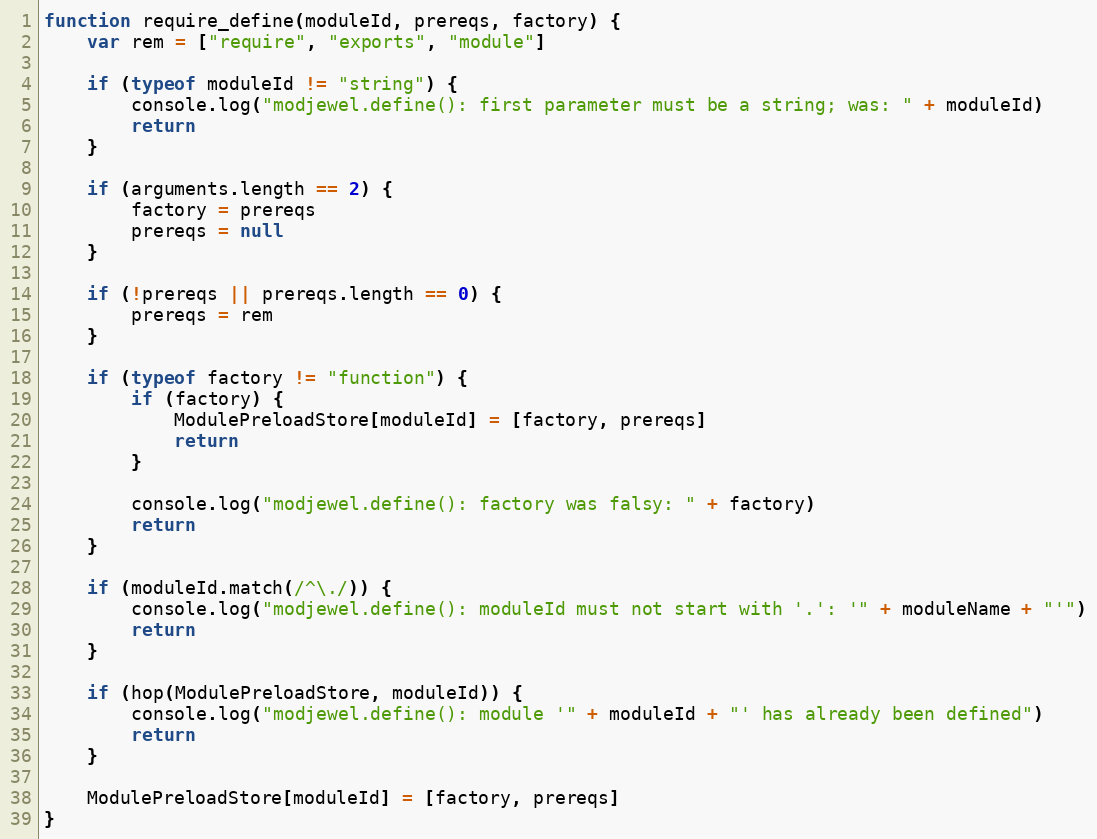
Language: JavaScript
function require_define(moduleId, prereqs, factory) {
    var rem = ["require", "exports", "module"]

    if (typeof moduleId != "string") {
        console.log("modjewel.define(): first parameter must be a string; was: " + moduleId)
        return
    }

    if (arguments.length == 2) {
        factory = prereqs
        prereqs = null
    }

    if (!prereqs || prereqs.length == 0) {
        prereqs = rem
    }

    if (typeof factory != "function") {
        if (factory) {
            ModulePreloadStore[moduleId] = [factory, prereqs]
            return
        }

        console.log("modjewel.define(): factory was falsy: " + factory)
        return
    }

    if (moduleId.match(/^\./)) {
        console.log("modjewel.define(): moduleId must not start with '.': '" + moduleName + "'")
        return
    }

    if (hop(ModulePreloadStore, moduleId)) {
        console.log("modjewel.define(): module '" + moduleId + "' has already been defined")
        return
    }

    ModulePreloadStore[moduleId] = [factory, prereqs]
}